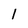
Character: l